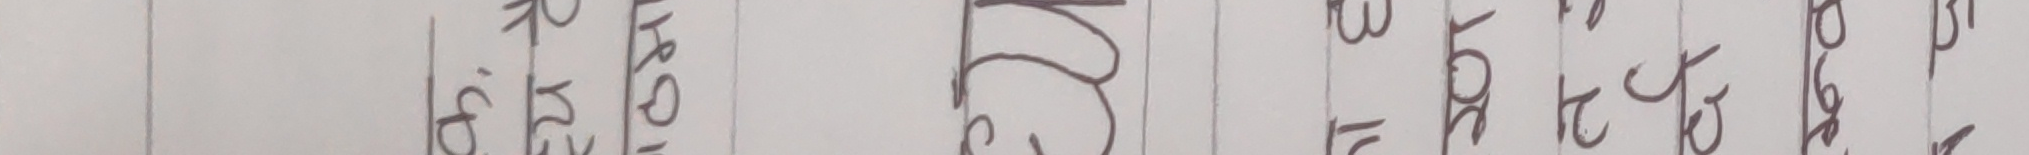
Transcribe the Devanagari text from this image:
हिको रोइले २०६१ विर